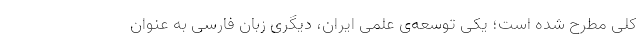
کلی مطرح شده است؛ یکی توسعه‌ی علمی ایران، دیگری زبان فارسی به‌ عنوان